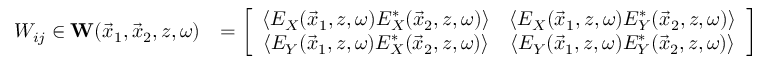
\begin{array} { r l } { W _ { i j } \in { \bf W } ( \vec { x } _ { 1 } , \vec { x } _ { 2 } , z , \omega ) } & { = \left[ \begin{array} { c c } { \left\langle E _ { X } ( \vec { x } _ { 1 } , z , \omega ) E _ { X } ^ { * } ( \vec { x } _ { 2 } , z , \omega ) \right\rangle } & { \left\langle E _ { X } ( \vec { x } _ { 1 } , z , \omega ) E _ { Y } ^ { * } ( \vec { x } _ { 2 } , z , \omega ) \right\rangle } \\ { \left\langle E _ { Y } ( \vec { x } _ { 1 } , z , \omega ) E _ { X } ^ { * } ( \vec { x } _ { 2 } , z , \omega ) \right\rangle } & { \left\langle E _ { Y } ( \vec { x } _ { 1 } , z , \omega ) E _ { Y } ^ { * } ( \vec { x } _ { 2 } , z , \omega ) \right\rangle } \end{array} \right] } \end{array}